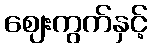
ဈေးကွက်နှင့်